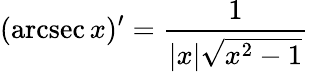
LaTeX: (\operatorname{arcsec}x)^{\prime}={\frac{1}{|x|{\sqrt{x^{2}-1}}}}